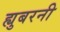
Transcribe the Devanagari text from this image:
ह्युबरनी